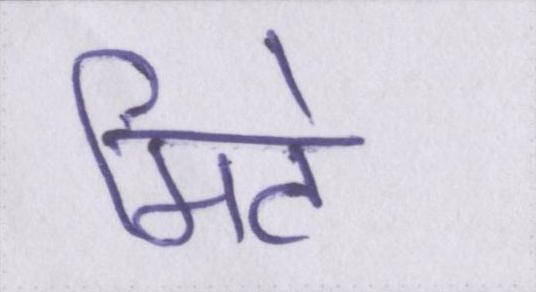
मिटे